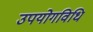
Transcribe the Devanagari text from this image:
उपयोगविधि